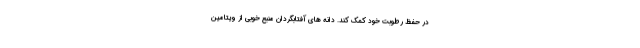
در حفظ رطوبت خود کمک کند. دانه های آفتابگردان منبع خوبی از ویتامین